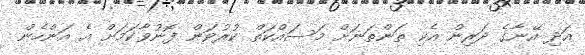
އަދި އޭނާގެ ދަރިން އެކި ތަންތަނަށް މަސައްކަތް ކުރުވަން ފޮނުވާކަމަށް އެ އަންހެން